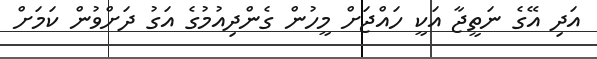
އަދި އޭގެ ނަތީޖާ އަކީ ހައްޖަށް މީހުން ގެންދިއުމުގެ އަގު ދަށްވުން ކަމަށް